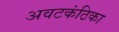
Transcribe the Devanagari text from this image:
अवटकंठिका